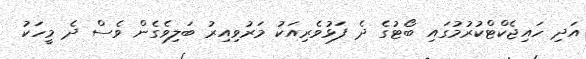
އަދި ހައިޖެކްޓްކުރުމުގައި ބޯޓުގެ ދެ ފަޅުވެރިއަކު މަރުވިއިރު ބަލިވެގެން ވެސް ދެ މީހަކު